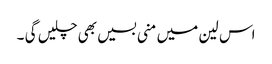
اس لین میں منی بسیں بھی چلیں گی ۔